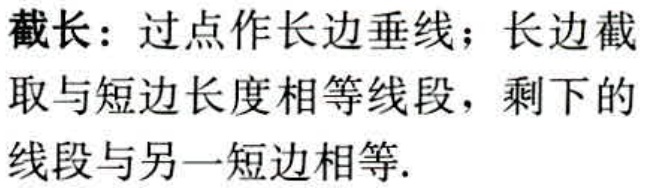
截长：过点作长边垂线；长边截取与短边长度相等线段，剩下的线段与另一短边相等.